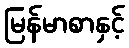
မြန်မာစာနှင့်